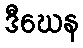
ဒီဃေန